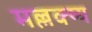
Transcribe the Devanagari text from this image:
मल्लक्ष्य